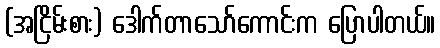
(အငြိမ်းစား) ဒေါက်တာသော်ကောင်းက ပြောပါတယ်။